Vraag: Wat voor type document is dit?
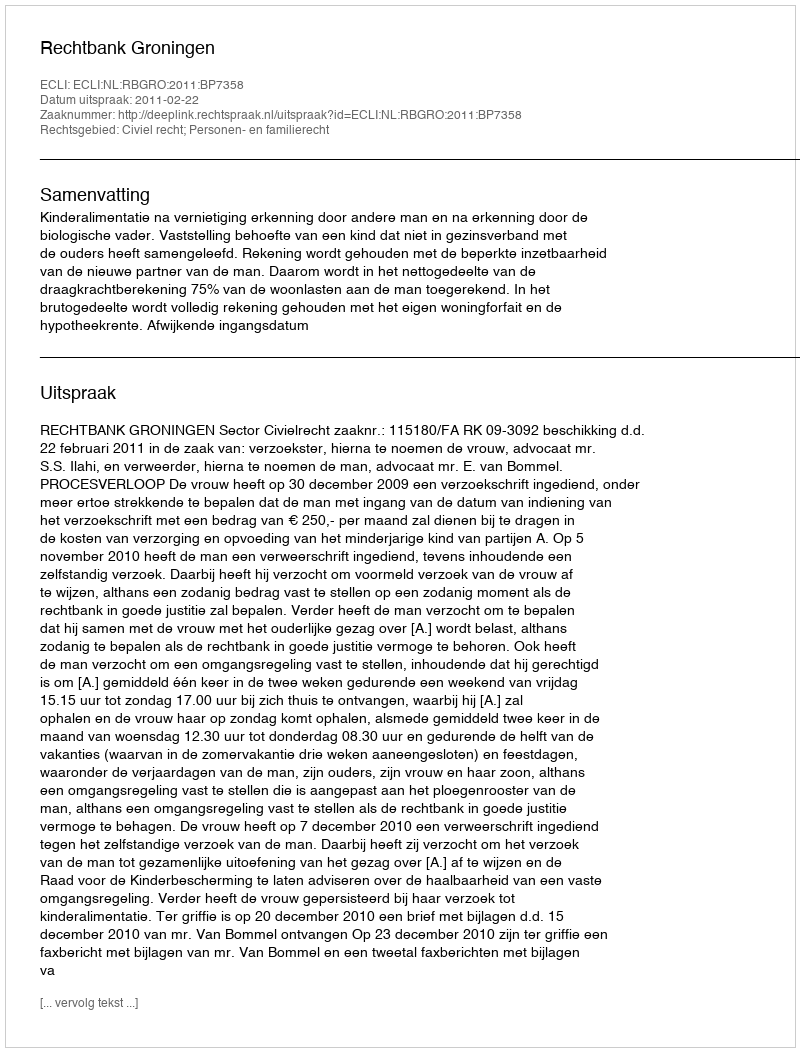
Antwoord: Uitspraak